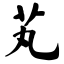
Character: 芄